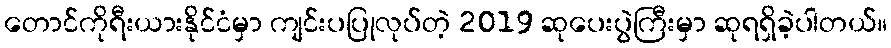
တောင်ကိုရီးယားနိုင်ငံမှာ ကျင်းပပြုလုပ်တဲ့ 2019 ဆုပေးပွဲကြီးမှာ ဆုရရှိခဲ့ပါတယ်။